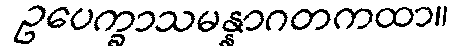
ဥပေက္ခာသမန္နာဂတကထာ။